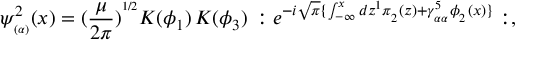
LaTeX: \psi _ { _ { ( \alpha ) } } ^ { 2 } ( x ) = ( \frac { \mu } { 2 \pi } ) ^ { ^ { 1 / 2 } } { \cal K } ( \phi _ { 1 } ) \, { \cal K } ( \phi _ { 3 } ) \, : e ^ { - i \sqrt { \pi } \{ \int _ { - \infty } ^ { x } d z ^ { 1 } \pi _ { _ 2 } ( z ) + \gamma _ { _ { \alpha \alpha } } ^ { 5 } \phi _ { _ 2 } ( x ) \} } : ,